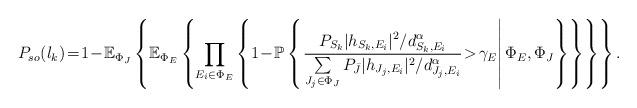
LaTeX: \begin{align*}P_{so}(l_k) \!=\! 1\!-\!\mathbb{E}_{\Phi_J}\left\{\mathbb{E}_{\Phi_E}\left\{\prod\limits_{E_i \in \Phi_E}\left\{1\!-\!\mathbb{P} \left\{ \left. \frac {P_{S_k} |h_{{S_k},{E_i}}|^2/d_{S_k,E_i}^\alpha}{\sum\limits_{J_j \in \Phi_J} P_{\bar{J}} |h_{J_j, E_i}|^2/d_{J_j, E_i}^\alpha} \!>\! \gamma_E \right|{\Phi_E,\Phi_J} \right\} \right\} \right\} \right\}. \end{align*}